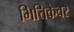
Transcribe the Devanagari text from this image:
भित्तिकेवर